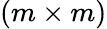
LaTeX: (m\times m)